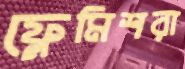
ফ্লেমিশরা